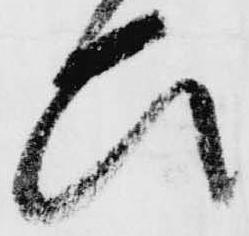
ひ